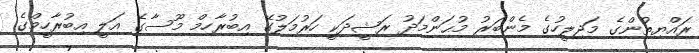
ރައްޔިތުންގެ މަޖިލީހުގެ މެންބަރު މުޙަންމަދު ރަޝީދަކީ ހަރުމަލުގޭ އިބުރާހިމް މޫސާގެ އަލީ އިބުރާހީމްގެ